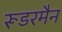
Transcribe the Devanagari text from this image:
रूडरमैन